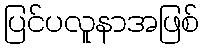
ပြင်ပလူနာအဖြစ်